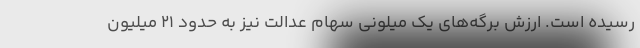
رسیده است. ارزش برگه‌های یک میلونی سهام عدالت نیز به حدود ۲۱ میلیون